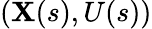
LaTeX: (\mathbf{X}(s),U(s))